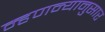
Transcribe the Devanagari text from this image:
म्हणन्यानुसार